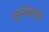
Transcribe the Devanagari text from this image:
मुख्तिमुंड